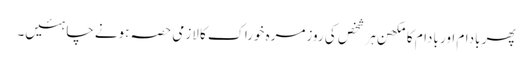
پھر بادام اور بادام کا مکھن ہر شخص کی روزمرہ خوراک کا لازمی حصہ ہونے چاہئیں۔